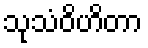
သုသံဝိဟိတာ